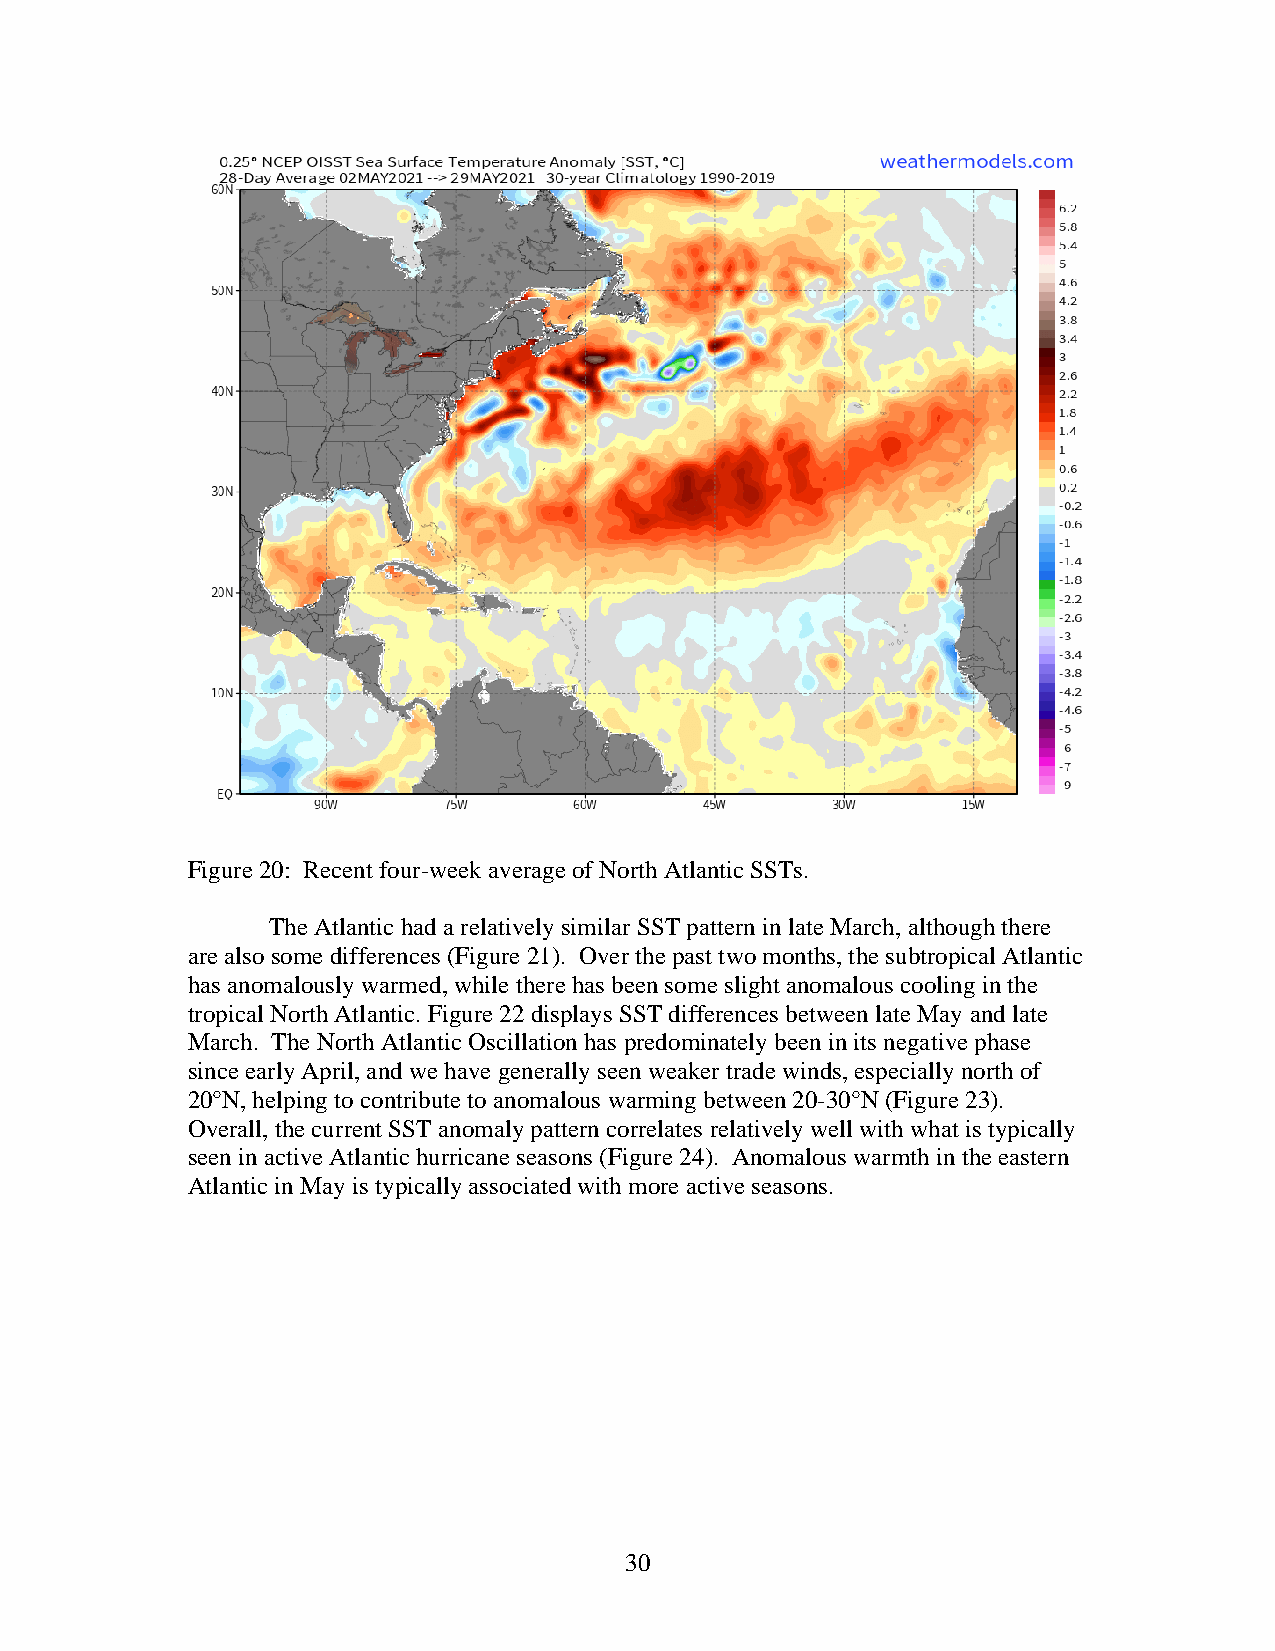
Figure 20: Recent four-week average of North Atlantic SSTs.
 The Atlantic had a relatively similar SST pattern in late March, although there
 are also some differences (Figure 21). Over the past two months, the subtropical Atlantic
 has anomalously warmed, while there has been some slight anomalous cooling in the
 tropical North Atlantic. Figure 22 displays SST differences between late May and late
 March. The North Atlantic Oscillation has predominately been in its negative phase
 since early April, and we have generally seen weaker trade winds, especially north of
 20°N, helping to contribute to anomalous warming between 20-30°N (Figure 23).
 Overall, the current SST anomaly pattern correlates relatively well with what is typically
 seen in active Atlantic hurricane seasons (Figure 24). Anomalous warmth in the eastern
 Atlantic in May is typically associated with more active seasons.
 30